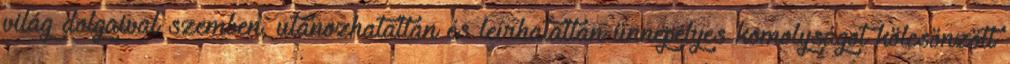
világ dolgaival szemben, utánozhatatlan és leírhatatlan ünnepélyes komolyságot kölcsönzött